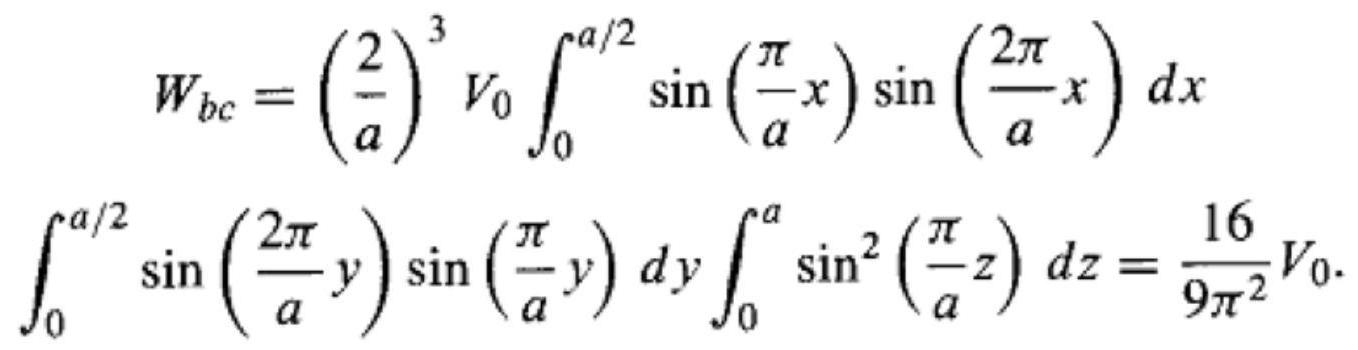
\[
\begin{align*}
W_{bc}&=\left(\frac{2}{a}\right)^{3}V_{0}\int_{0}^{a/2}\sin\left(\frac{\pi}{a}x\right)\sin\left(\frac{2\pi}{a}x\right)dx\\
\int_{0}^{a/2}\sin\left(\frac{2\pi}{a}y\right)\sin\left(\frac{\pi}{a}y\right)dy\int_{0}^{a}\sin^{2}\left(\frac{\pi}{a}z\right)dz&=\frac{16}{9\pi^{2}}V_{0}.
\end{align*}
\]